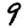
Digit: 9